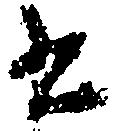
書